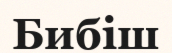
Бибіш